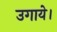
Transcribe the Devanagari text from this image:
उगाये।